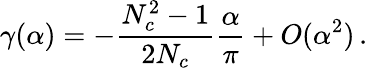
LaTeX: \gamma(\alpha)=-\frac{N_{c}^{2}-1}{2N_{c}}\frac{\alpha}{\pi}+O(\alpha^{2})\, .